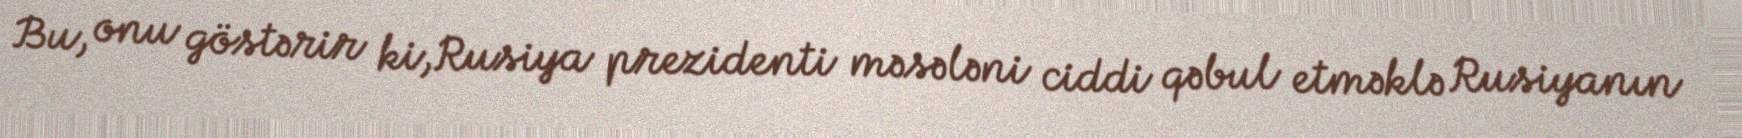
Bu, onu göstərir ki,Rusiya prezidenti məsələni ciddi qəbul etməklə Rusiyanın